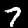
Label: 7